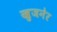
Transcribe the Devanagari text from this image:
खुजनेर